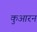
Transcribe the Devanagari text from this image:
कुआरन